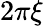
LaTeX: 2\pi\xi